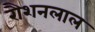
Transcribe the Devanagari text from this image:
रौशनलाल